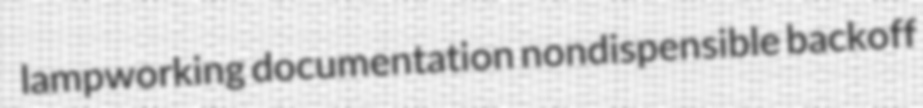
lampworking documentation nondispensible backoff